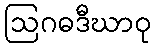
ဩဂဓဒီဃာဝု